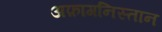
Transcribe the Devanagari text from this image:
अफ़ागनिस्तान